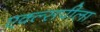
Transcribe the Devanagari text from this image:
एक्ल्सपीला